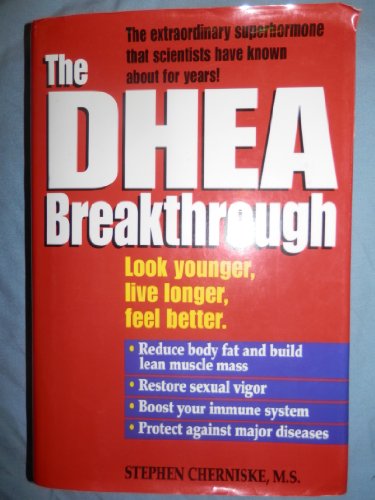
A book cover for The DHEA Breakthrough; Stephen Cherniske; Health, Fitness & Dieting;